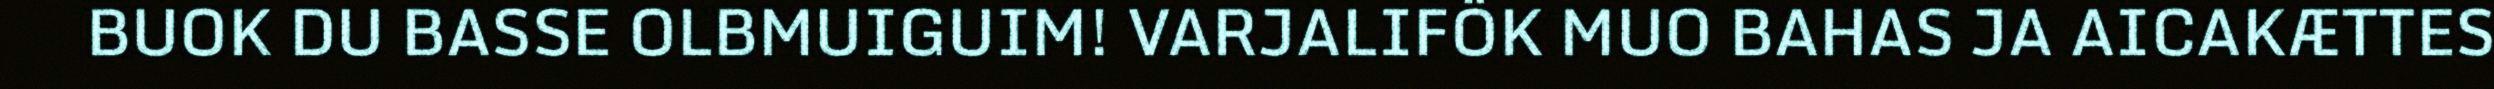
BUOK DU BASSE OLBMUIGUIM! VARJALIFÖK MUO BAHAS JA AICAKÆTTES